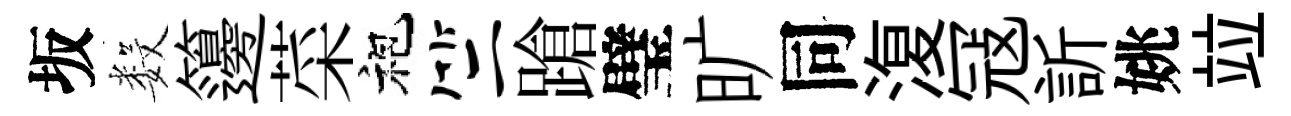
坂数籩菜袍竺蹌璧旷同𣸪冦訢姚竝